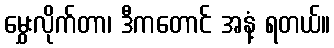
မွှေးလိုက်တာ၊ ဒီကတောင် အနံ့ ရတယ်။